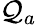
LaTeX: \mathcal{Q}_{a}